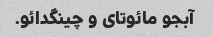
آبجو مائوتای و چینگدائو.